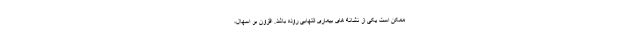
ممکن است یکی از نشانه های بیماری التهابی روده باشد. افزون بر اسهال،